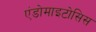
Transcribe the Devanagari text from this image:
एंडोमाइटोसिस